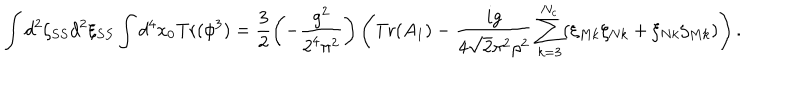
\int d ^ { 2 } \zeta _ { S S } d ^ { 2 } \xi _ { S S } \int d ^ { 4 } x _ { 0 } \mathrm { T r } ( \phi ^ { 3 } ) = \frac { 3 } { 2 } \left( - \frac { g ^ { 2 } } { 2 ^ { 4 } \pi ^ { 2 } } \right) \left( \mathrm { T r } ( A _ { 1 } ) - \frac { i g } { 4 \sqrt { 2 } \pi ^ { 2 } \rho ^ { 2 } } \sum _ { k = 3 } ^ { N _ { c } } ( \xi _ { M k } \zeta _ { N k } + \xi _ { N k } \zeta _ { M k } ) \right) .